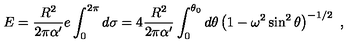
E = { \frac { R ^ { 2 } } { 2 \pi \alpha ^ { \prime } } } e \int _ { 0 } ^ { 2 \pi } d \sigma = 4 { \frac { R ^ { 2 } } { 2 \pi \alpha ^ { \prime } } } \int _ { 0 } ^ { \theta _ { 0 } } d \theta \left( 1 - \omega ^ { 2 } \sin ^ { 2 } \theta \right) ^ { - 1 / 2 } \ ,